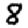
Digit: 8